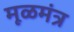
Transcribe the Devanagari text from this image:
मूळमंत्र